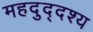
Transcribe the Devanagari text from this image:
महदुद्दश्य